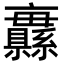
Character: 𦇨